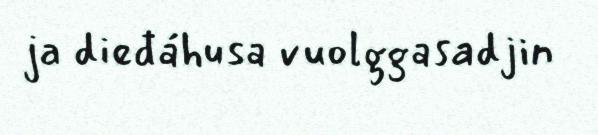
ja dieđáhusa vuolggasadjin